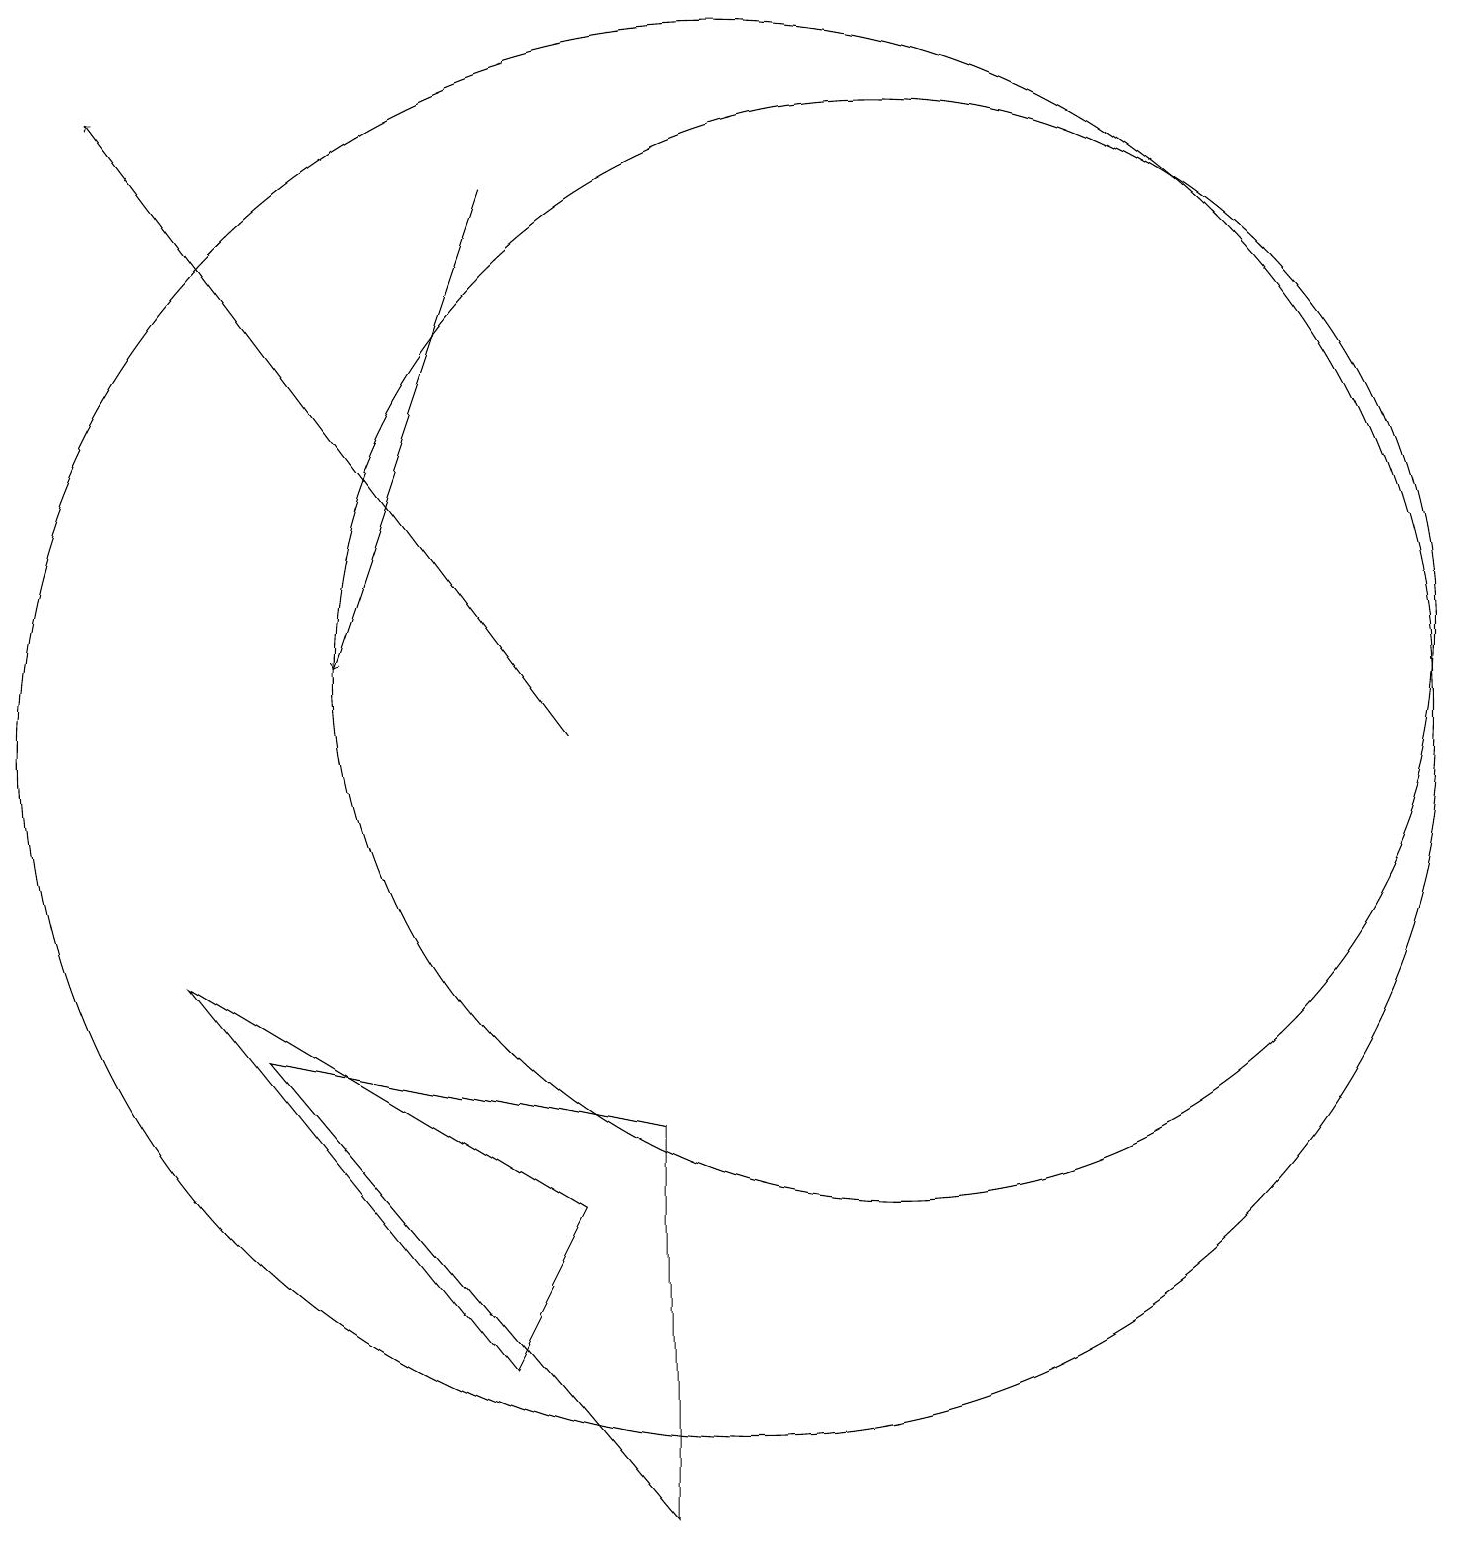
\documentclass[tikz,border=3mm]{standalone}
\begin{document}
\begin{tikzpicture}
\draw (7,2) -- (8,4) -- (3,7) -- cycle;
\draw (10,10) circle (9);
\draw (12,11) circle (7);
\draw[->] (7,17) -- (5,11);
\draw (9,0) -- (9,5) -- (4,6) -- cycle;
\draw[->] (8,10) -- (2,18);
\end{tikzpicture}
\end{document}